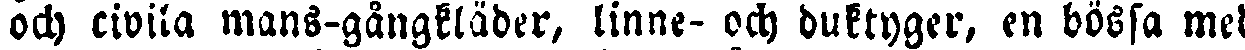
och civila mans-gångkläder, linne- och duktyger, en bössa med